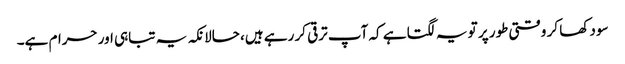
سود کھا کر وقتی طور پر تو یہ لگتا ہے کہ آپ ترقی کر رہے ہیں، حالانکہ یہ تباہی اور حرام ہے۔